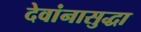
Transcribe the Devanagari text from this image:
देवांनासुद्धा